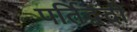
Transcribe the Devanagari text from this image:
पर्तिद्वंदी